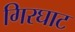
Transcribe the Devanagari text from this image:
गिरघाट